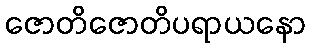
ဇောတိဇောတိပရာယနော